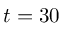
t = 3 0